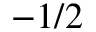
- 1 / 2